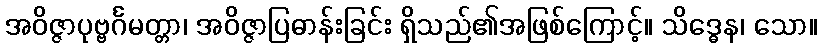
အဝိဇ္ဇာပုဗ္ဗင်္ဂမတ္တာ၊ အဝိဇ္ဇာပြဓာန်းခြင်း ရှိသည်၏အဖြစ်ကြောင့်။ သိဒ္ဓေန၊ သော။